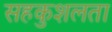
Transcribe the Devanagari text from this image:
सहकुशलता